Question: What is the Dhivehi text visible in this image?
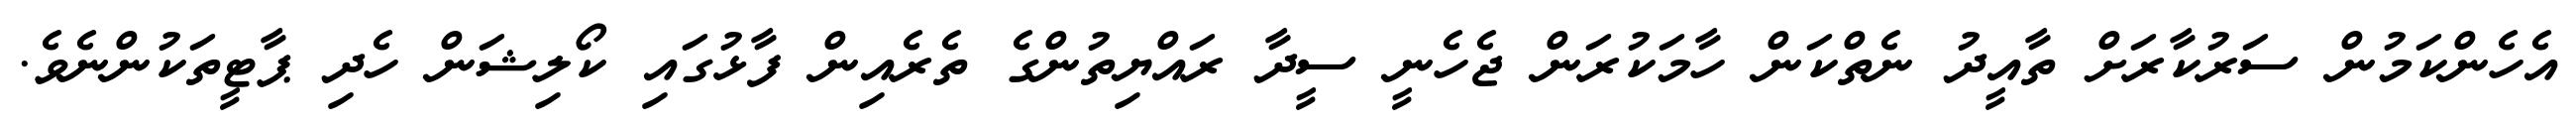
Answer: އެހެންކަމުން ސަރުކާރަށް ތާއީދު ނެތްކަން ހާމަކުރަން ޖެހެނީ ސީދާ ރައްޔިތުންގެ ތެރެއިން ފާޅުގައި ކޯލިޝަން ހެދި ޕާޓީތަކުންނެވެ.